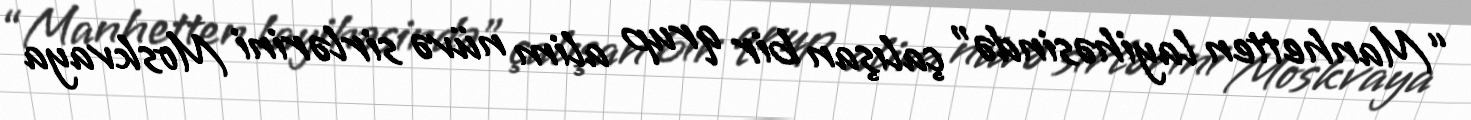
“Manhetten layihəsində” çalışan bir qrup alim nüvə sirlərini Moskvaya